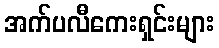
အက်ပလီကေးရှင်းများ